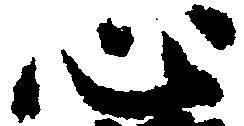
心